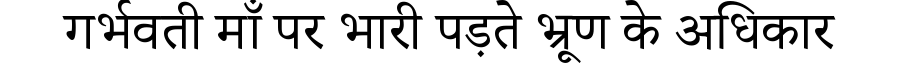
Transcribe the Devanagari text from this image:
गर्भवती माँ पर भारी पड़ते भ्रूण के अधिकार